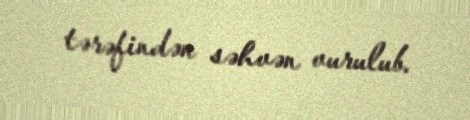
tərəfindən səhvən vurulub.